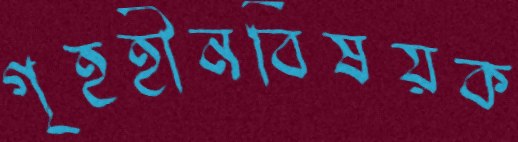
গৃহহীনবিষয়ক